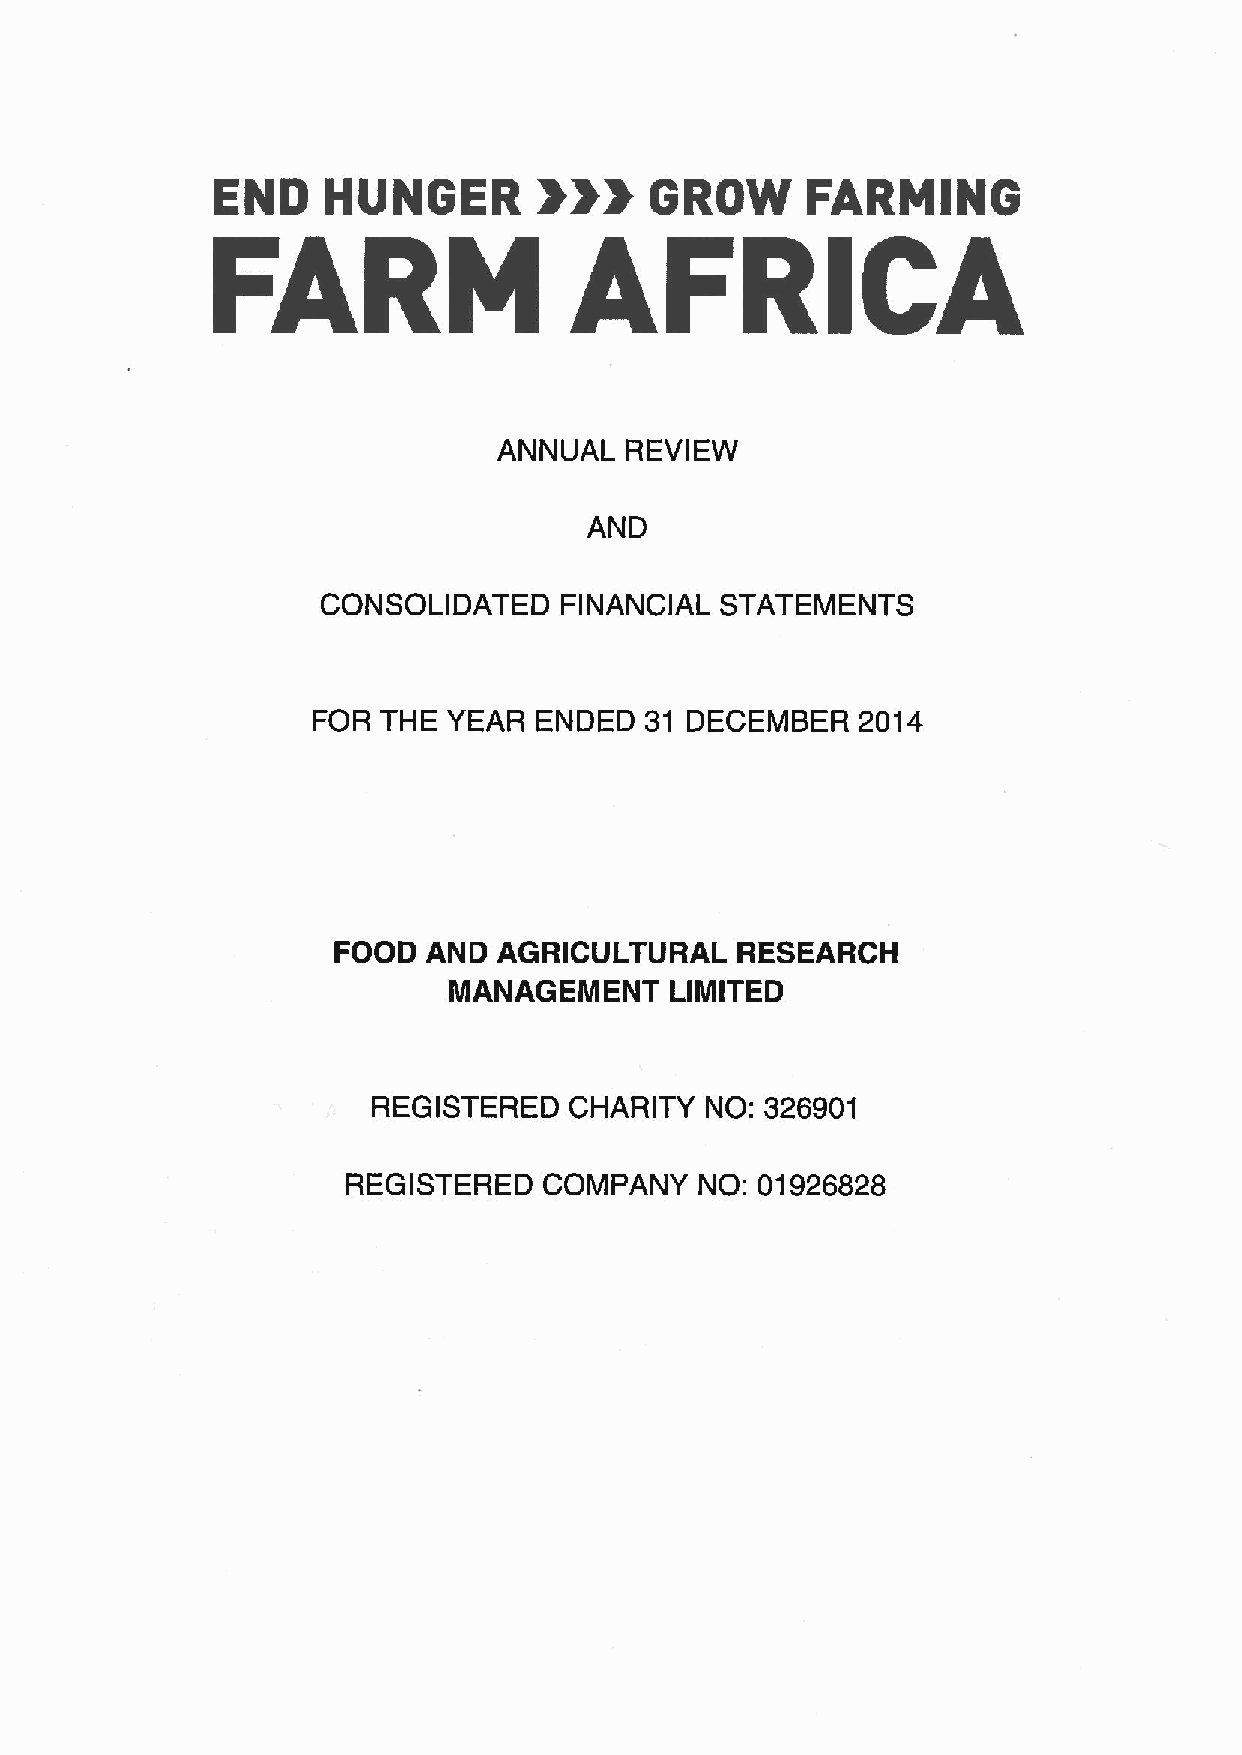
&»
 END     HUNGER               GROW      FARMING
 ANNUAL  REVIEW
 AND
 CONSOLIDATED    FINANCIAL  STATEMENTS
 FOR THE  YEAR  ENDED  31 DECEMBER   2014
 FOOD  AND  AGRICULTURAL    RESEARCH
 MANAGEMENT    LIMITED
 REGISTERED   CHARITY  NO: 326901
 REGISTERED   COMPANY   NO: 01926828